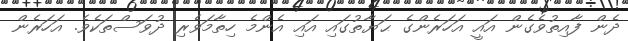
ދެން ފާއިތުވެގެން އައީ އަހަރެންގެ ޙަޔާތުގައި އައި އެންމެ ހިތާމަވެރި ދުވަސްތަކެވެ. އަހަރެން